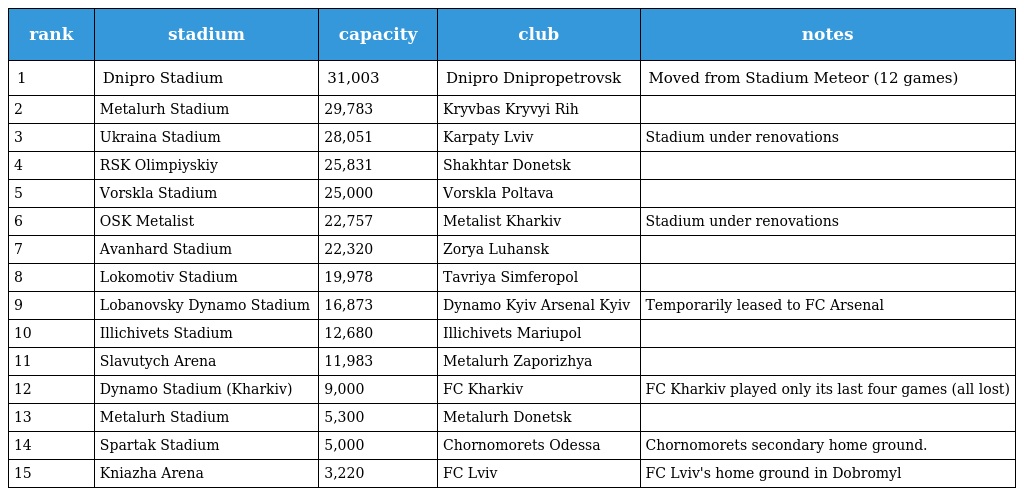
| rank | stadium | capacity | club | notes |
 | --- | --- | --- | --- | --- |
 | 1 | Dnipro Stadium | 31,003 | Dnipro Dnipropetrovsk | Moved from Stadium Meteor (12 games) |
 | 2 | Metalurh Stadium | 29,783 | Kryvbas Kryvyi Rih |  |
 | 3 | Ukraina Stadium | 28,051 | Karpaty Lviv | Stadium under renovations |
 | 4 | RSK Olimpiyskiy | 25,831 | Shakhtar Donetsk |  |
 | 5 | Vorskla Stadium | 25,000 | Vorskla Poltava |  |
 | 6 | OSK Metalist | 22,757 | Metalist Kharkiv | Stadium under renovations |
 | 7 | Avanhard Stadium | 22,320 | Zorya Luhansk |  |
 | 8 | Lokomotiv Stadium | 19,978 | Tavriya Simferopol |  |
 | 9 | Lobanovsky Dynamo Stadium | 16,873 | Dynamo Kyiv Arsenal Kyiv | Temporarily leased to FC Arsenal |
 | 10 | Illichivets Stadium | 12,680 | Illichivets Mariupol |  |
 | 11 | Slavutych Arena | 11,983 | Metalurh Zaporizhya |  |
 | 12 | Dynamo Stadium (Kharkiv) | 9,000 | FC Kharkiv | FC Kharkiv played only its last four games (all lost) |
 | 13 | Metalurh Stadium | 5,300 | Metalurh Donetsk |  |
 | 14 | Spartak Stadium | 5,000 | Chornomorets Odessa | Chornomorets secondary home ground. |
 | 15 | Kniazha Arena | 3,220 | FC Lviv | FC Lviv's home ground in Dobromyl |